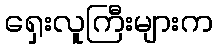
ရှေးလူကြီးများက